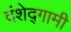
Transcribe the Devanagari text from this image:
दंशेद्गामी